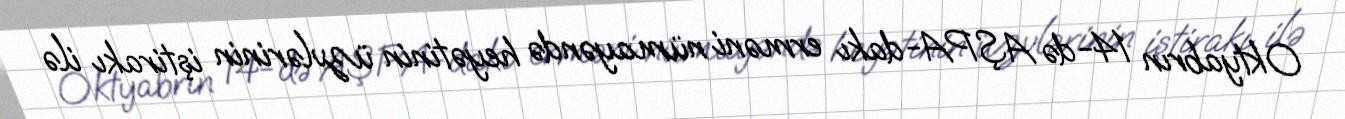
Oktyabrın 14-də AŞPA-dakı erməni nümayəndə heyətinin üzvlərinin iştirakı ilə